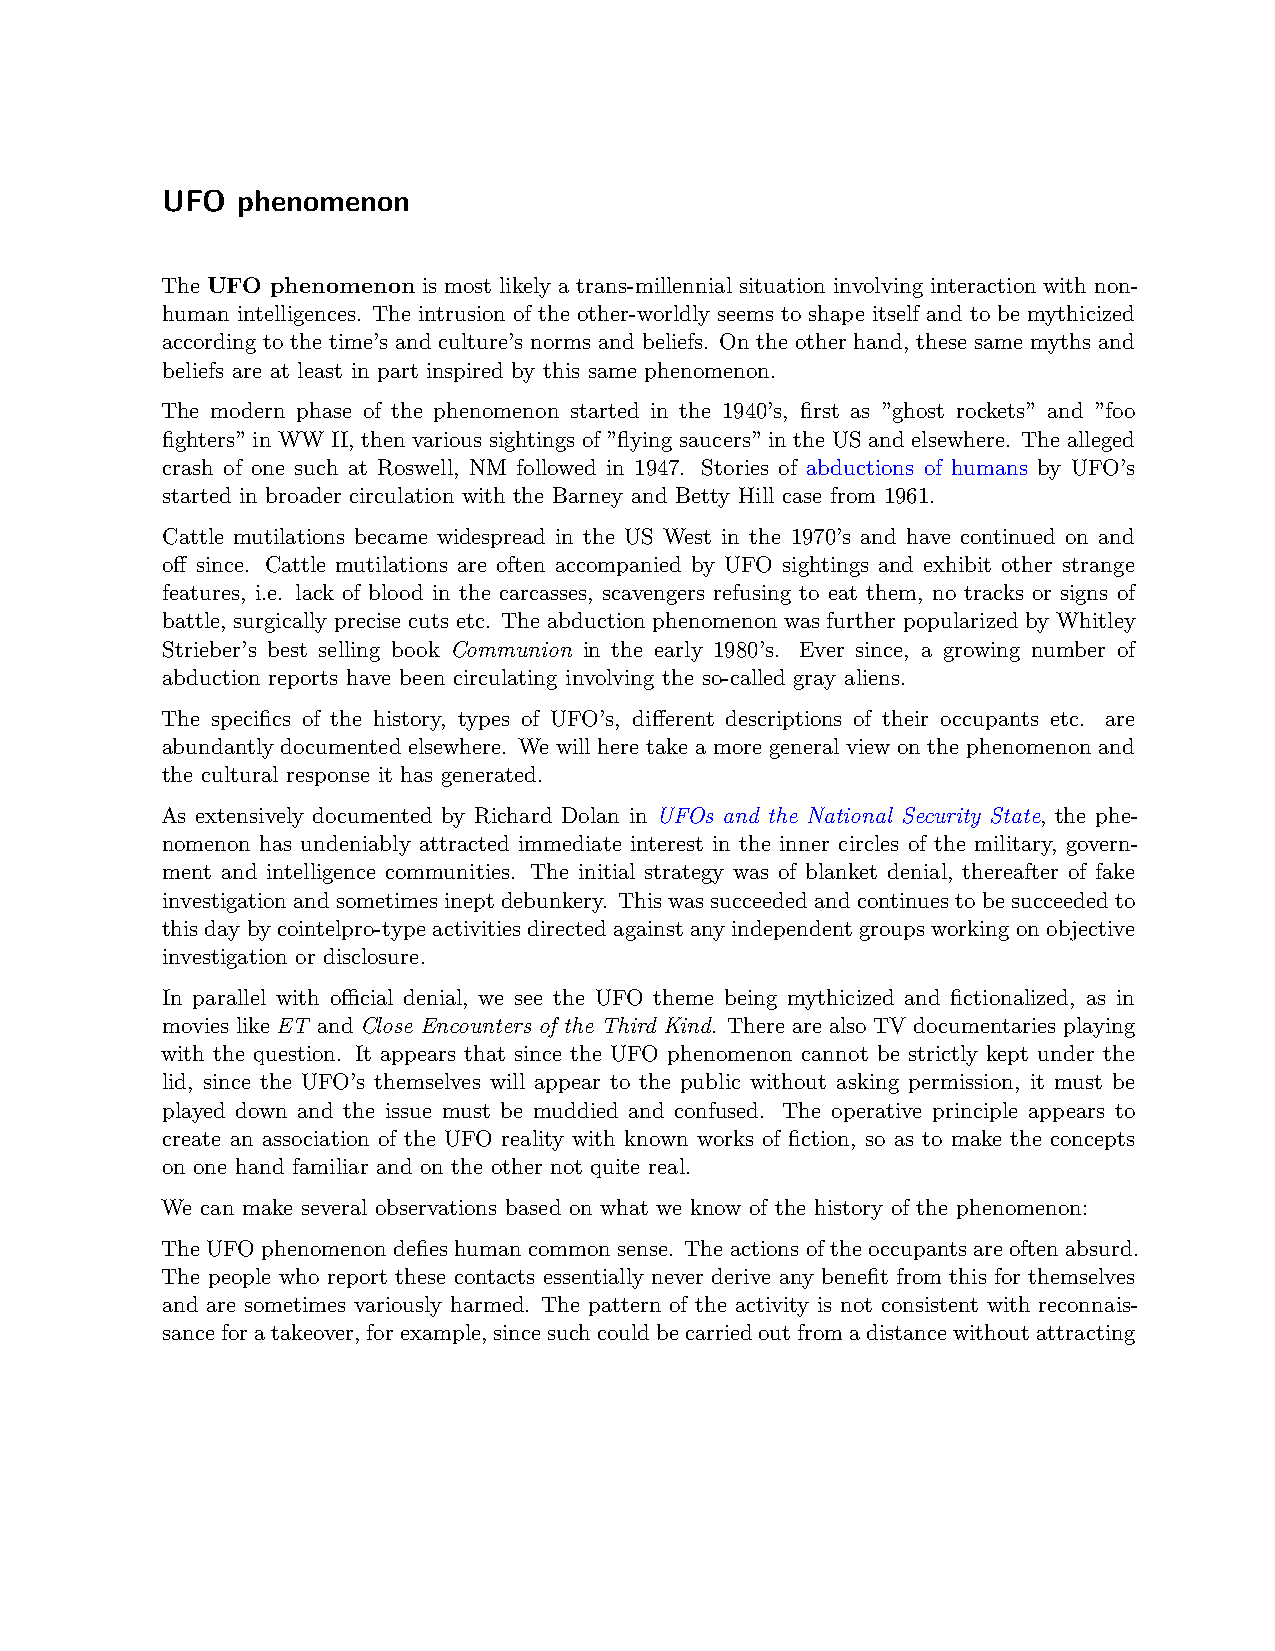
UFO  phenomenon
 The UFO phenomenon is most likely a trans-millennial situation involving interaction with non-
 human intelligences. The intrusion of the other-worldly seems to shape itself and to be mythicized
 according to the time’s and culture’s norms and beliefs. On the other hand, these same myths and
 beliefs are at least in part inspired by this same phenomenon.
 The modern phase of the phenomenon started in the 1940’s, first as ”ghost rockets” and ”foo
 fighters” in WW II, then various sightings of ”flying saucers” in the US and elsewhere. The alleged
 crash of one such at Roswell, NM followed in 1947. Stories of abductions of humans by UFO’s
 started in broader circulation with the Barney and Betty Hill case from 1961.
 Cattle mutilations became widespread in the US West in the 1970’s and have continued on and
 off since. Cattle mutilations are often accompanied by UFO sightings and exhibit other strange
 features, i.e. lack of blood in the carcasses, scavengers refusing to eat them, no tracks or signs of
 battle, surgically precise cuts etc. The abduction phenomenon was further popularized by Whitley
 Strieber’s best selling book Communion in the early 1980’s. Ever since, a growing number of
 abduction reports have been circulating involving the so-called gray aliens.
 The specifics of the history, types of UFO’s, different descriptions of their occupants etc. are
 abundantly documented elsewhere. We will here take a more general view on the phenomenon and
 the cultural response it has generated.
 As extensively documented by Richard Dolan in UFOs and the National Security State, the phe-
 nomenon has undeniably attracted immediate interest in the inner circles of the military, govern-
 ment and intelligence communities. The initial strategy was of blanket denial, thereafter of fake
 investigationandsometimesineptdebunkery. Thiswassucceededandcontinuestobesucceededto
 thisdaybycointelpro-typeactivitiesdirectedagainstanyindependentgroupsworkingonobjective
 investigation or disclosure.
 In parallel with oﬀicial denial, we see the UFO theme being mythicized and fictionalized, as in
 movies like ET and Close Encounters of the Third Kind. There are also TV documentaries playing
 with the question. It appears that since the UFO phenomenon cannot be strictly kept under the
 lid, since the UFO’s themselves will appear to the public without asking permission, it must be
 played down and the issue must be muddied and confused. The operative principle appears to
 create an association of the UFO reality with known works of fiction, so as to make the concepts
 on one hand familiar and on the other not quite real.
 We can make several observations based on what we know of the history of the phenomenon:
 The UFO phenomenon defies human common sense. The actions of the occupants are often absurd.
 The people who report these contacts essentially never derive any benefit from this for themselves
 and are sometimes variously harmed. The pattern of the activity is not consistent with reconnais-
 sanceforatakeover,forexample,sincesuchcouldbecarriedoutfromadistancewithoutattracting